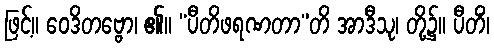
ဖြင့်။ ဝေဒိတဗ္ဗော၊ ၏။ “ပီတိဖရဏတာ”တိ အာဒီသု၊ တို့၌။ ပီတိံ၊